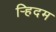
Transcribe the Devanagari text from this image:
र्‍हिदम